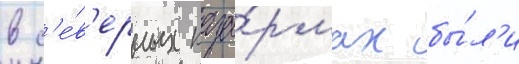
в с'е́в'ерных каза́рмах бы́л'и